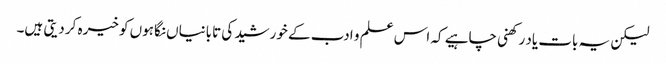
لیکن یہ بات یاد رکھنی چاہیے کہ اس علم و ادب کے خورشید کی تابانیاں نگاہوں کو خیرہ کر دیتی ہیں۔